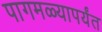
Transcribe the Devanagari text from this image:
पागमळ्यापर्यंत